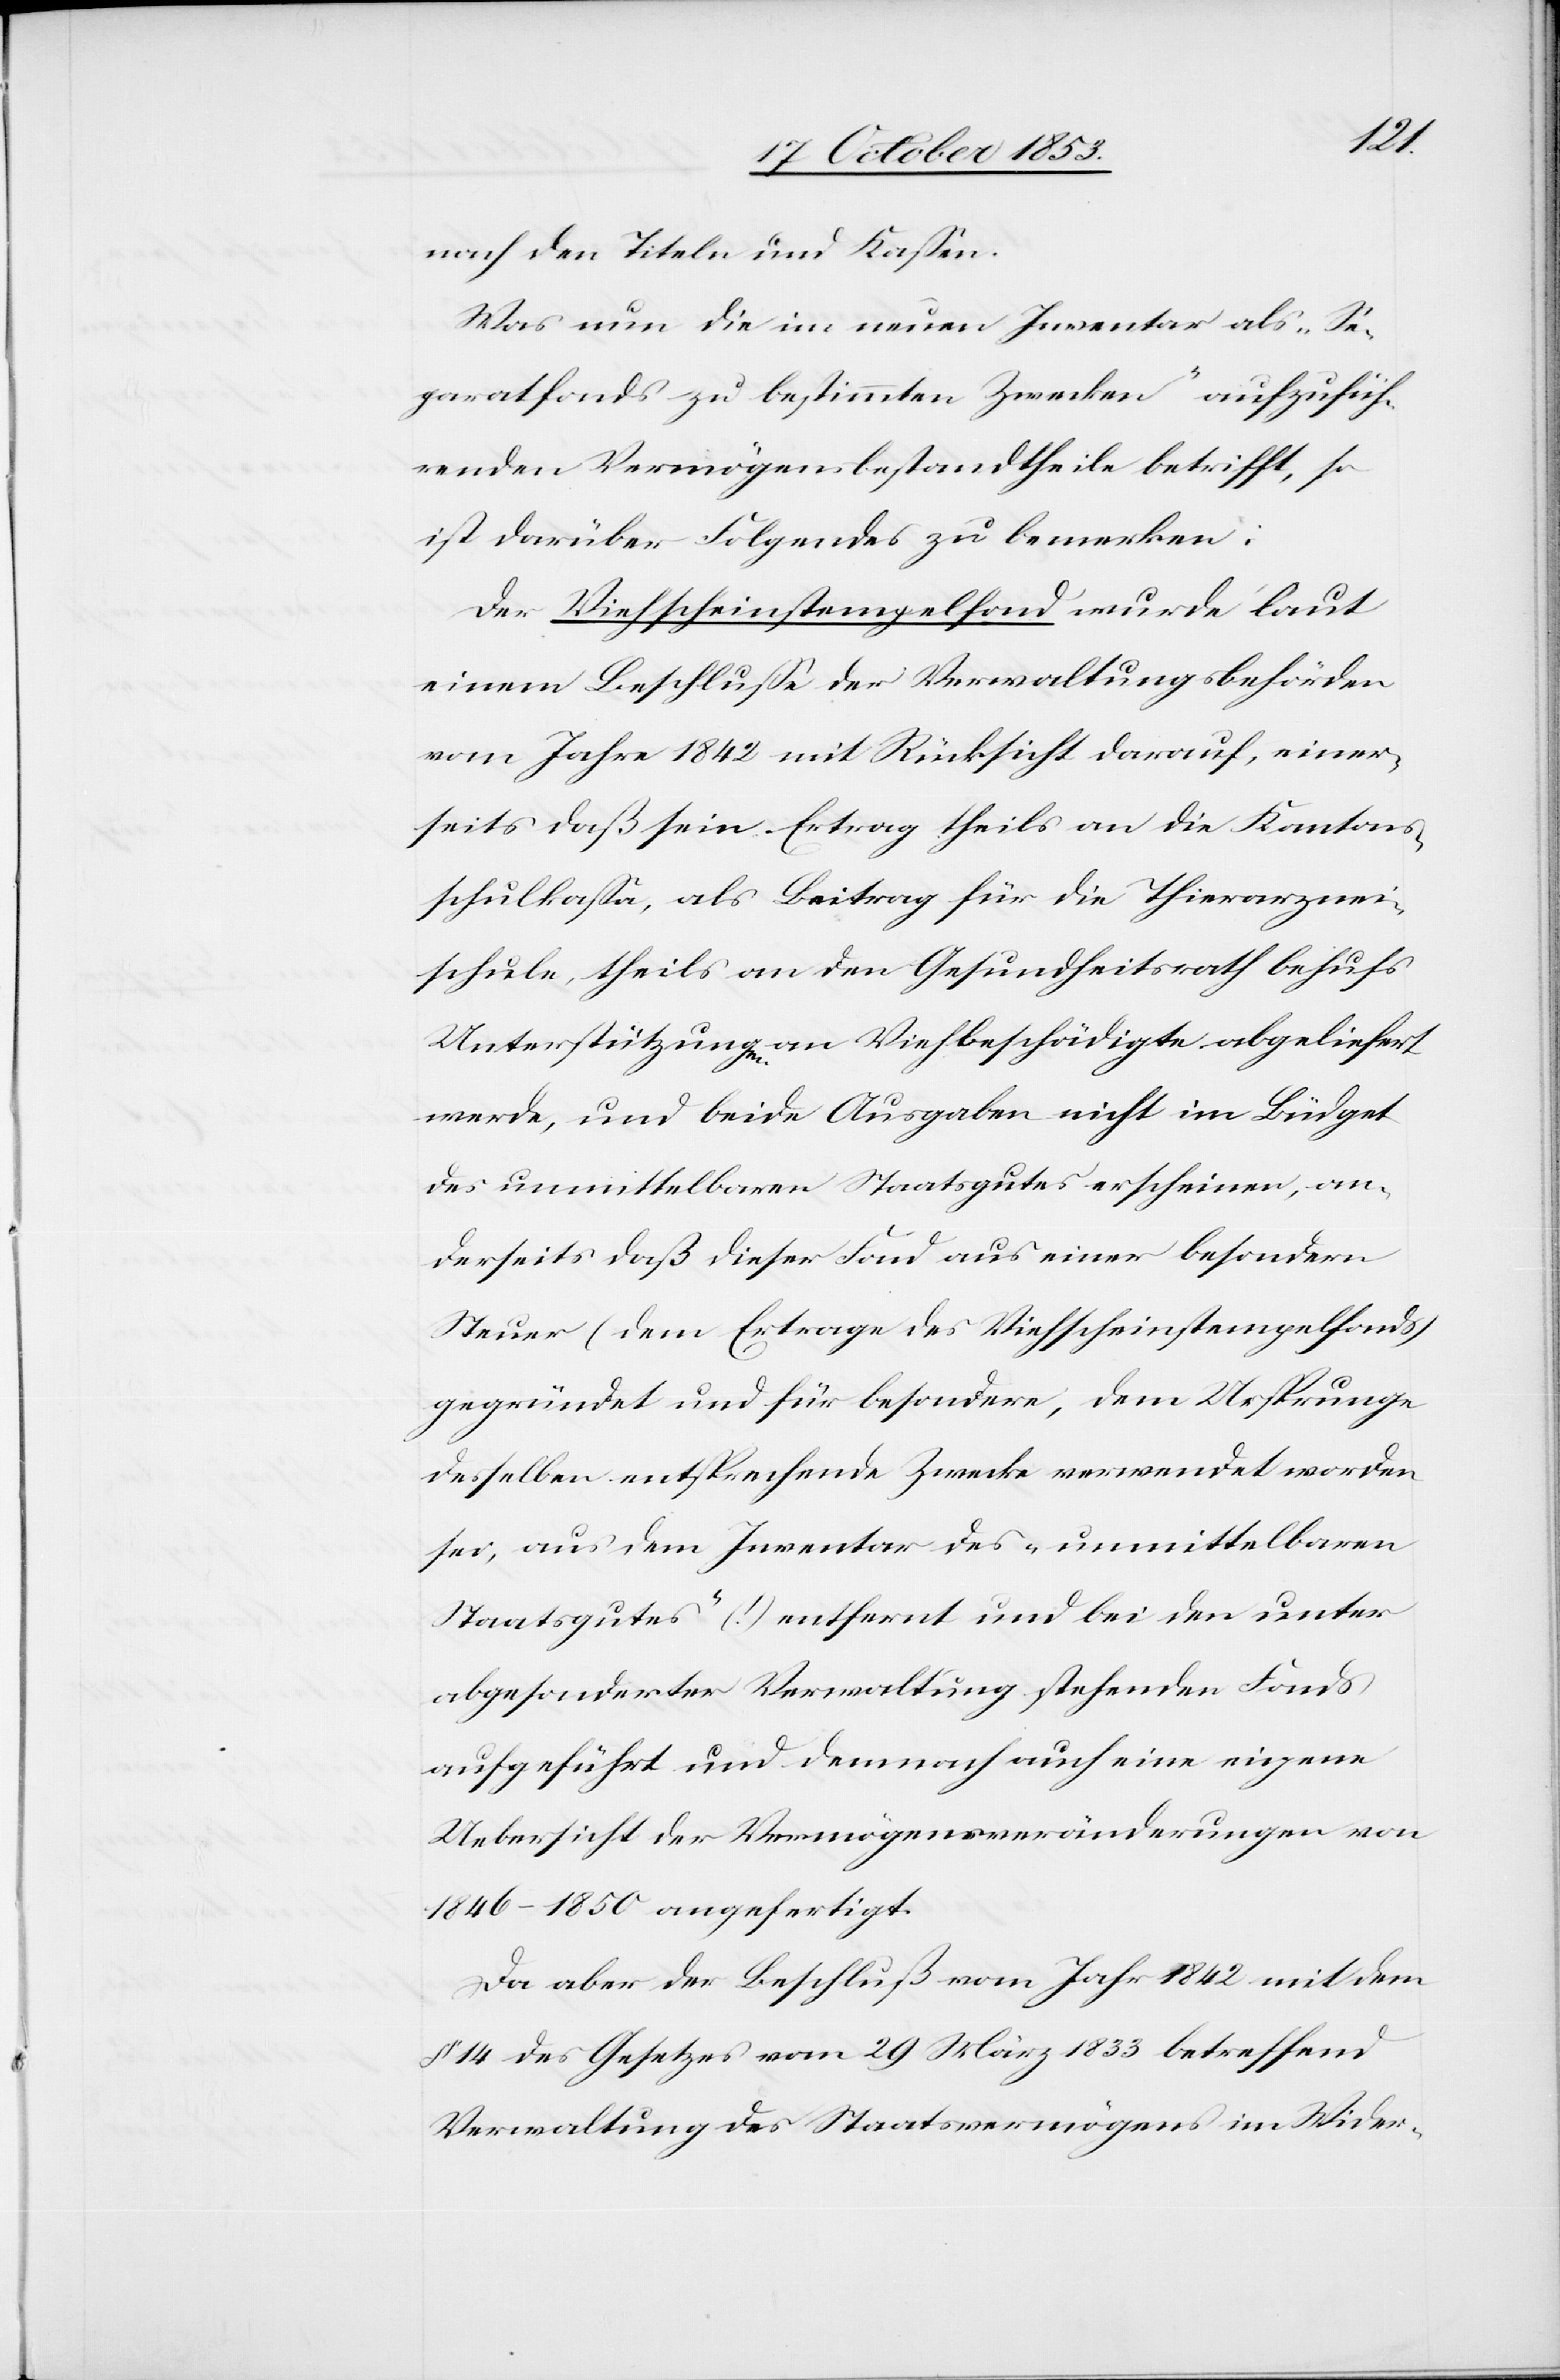
nach den Titeln und Kaßen.
Was nun die im neuen Inventar als „Se¬
paratfonds zu bestimmten Zwecken“ aufzufüh¬
renden Vermögensbestandtheile betrifft, so
ist darüber Folgendes zu bemerken:
Der Viehscheinstempelfond wurde laut
einem Beschluße der Verwaltungsbehörden
vom Jahre 1842 mit Rücksicht darauf, einer¬
seits daß sein Ertrag theils an die Kantons¬
schulkaßa, als Beitrag für die Thierarznei¬
schule, theils an den Gesundheitsrath behufs
Unterstützungen an Viehbeschädigte abgeliefert
werde, und beide Ausgaben nicht im Büdget
des unmittelbaren Staatsgutes erschienen, an¬
derseits daß dieser Fond aus einer besondern
Steuer (dem Ertrage des Viehscheinstempelfonds)
gegründet und für besondere, dem Ursprunge
desselben entsprechende Zwecke verwendet worden
sei, aus dem Inventar des „unmittelbaren
Staatsgutes“ (!) entfernt und bei den unter
abgesonderten Verwaltung stehenden Fonds
aufgeführt und demnach auch eine eigene
Übersicht der Vermögensveränderungen von
1846–1850 angefertigt.
Da aber der Beschluß vom Jahr 1842 mit dem
§ 14 des Gesetzes vom 29 März 1853 betreffend
Verwaltung des Staatsvermögens im Wider-